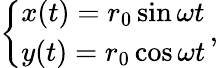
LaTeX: \left\{ \begin{array}{ll}{{x(t)=r_{0}\sin\omega{t}}}\\ {{y(t)=r_{0}\cos\omega{t}}}\end{array}\right.\, {,}